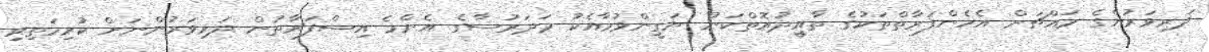
ދަރިވަރުންގެ މައްޗަށް އެހެންފަރާތްތަކުގެ ތާއީދުއޮތްކަން ޔަޤީންވުމާއެކު މަދަރުސާގެ އެންމެ އިސްފަރާތުން ދަރިވަރުންނަށް ކުރިމަތިވި